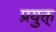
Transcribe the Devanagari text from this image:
प्रयुक्त्